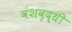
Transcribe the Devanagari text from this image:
वंशवृद्धी